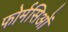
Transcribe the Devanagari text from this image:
फोर्मसिओं